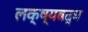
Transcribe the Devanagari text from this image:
लक्ष्यबद्ध